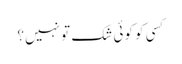
کسی کو کوئی شک تو نہیں؟